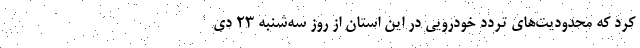
کرد که محدودیت‌های تردد خودرویی در این استان از روز سه‌شنبه ۲۳ دی